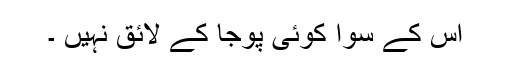
اس کے سوا کوئی پوجا کے لائق نہیں ۔